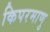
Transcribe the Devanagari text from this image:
किपरमाणु